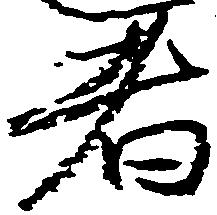
者